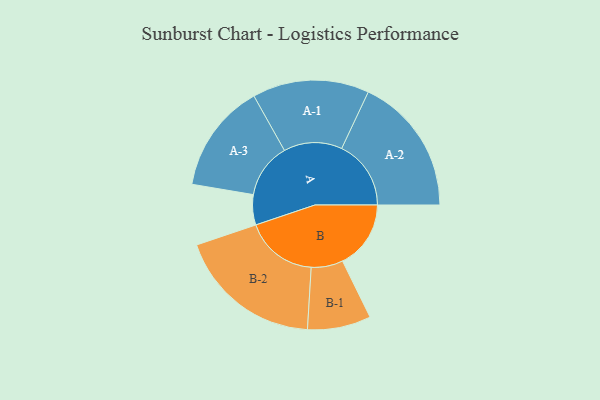
{"axis": {"x": "Segment", "y": "Value"}, "legend": ["", "A", "B"], "data": [{"x": "A", "y": 118, "type": ""}, {"x": "B", "y": 267, "type": ""}, {"x": "A-1", "y": 228, "type": "A"}, {"x": "A-2", "y": 271, "type": "A"}, {"x": "A-3", "y": 214, "type": "A"}, {"x": "B-1", "y": 124, "type": "B"}, {"x": "B-2", "y": 284, "type": "B"}]}